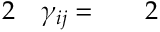
\begin{array} { r l r l } { { 2 } } & { { } \gamma _ { i j } = } & { } & { { } 2 } \end{array}